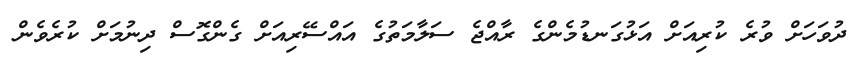
ދުވަހަށް ވުރެ ކުރިއަށް އަޅުގަނޑުމެންގެ ރާއްޖެ ސަލާމަތުގެ އައްސޭރިއަށް ގެންގޮސް ދިނުމަށް ކުރެވެން